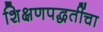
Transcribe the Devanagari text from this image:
शिक्षणपद्धतींचा